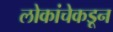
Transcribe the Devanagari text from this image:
लोकांचेकडून